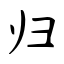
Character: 归